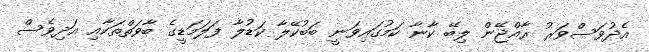
އެދުވަސްވަރު ރާއްޖޭން ލިބޭ ކާނާ ކަމުގައިވަނީ ބަބުކޭލާ ކަޑުލާ ފަލަމަޑީގެ ބާވަތްތަކާއި އަދިވެސް